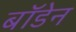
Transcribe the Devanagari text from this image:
बाॅडेन